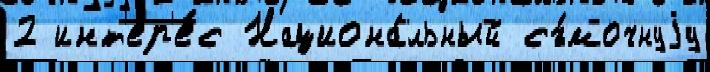
2 инт'ер'е́с Национа́льный съ́мочнуjу